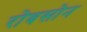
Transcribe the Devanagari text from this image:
रोबसोन